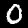
Digit: 0